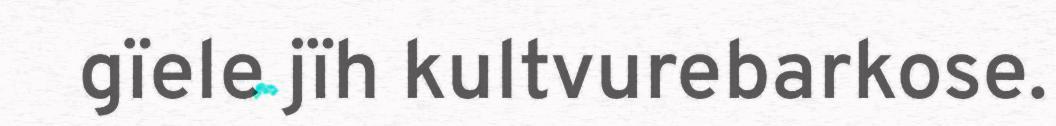
gïele jïh kultvurebarkose.